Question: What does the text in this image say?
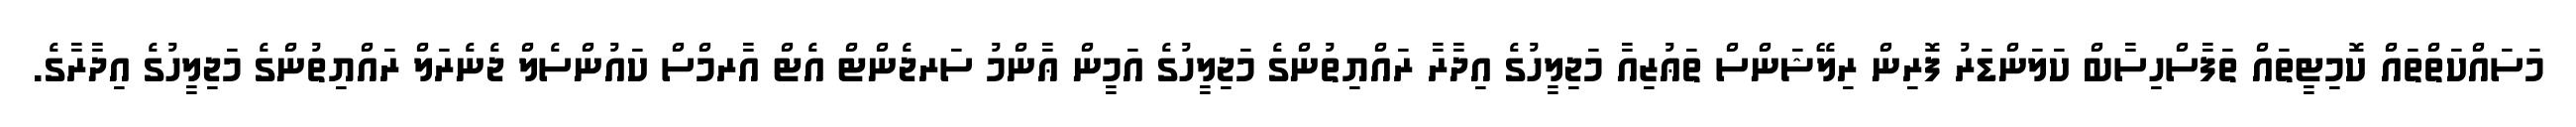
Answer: މަސައްކަތްތައް ކޮމިޓީތައް ތަފާސްހިސާބް ކަލަންޑަރު ފޮރިން ރިލޭޝަންސް ތަޢުޒިއާ މަޖިލީހުގެ އިދާރާ ރައްޔިތުންގެ މަޖިލީހުގެ އަމީން ޢާންމު ސަރޖެންޓް އެޓް އާރމްސް ކައުންސެލް ޖެނެރަލް ރައްޔިތުންގެ މަޖިލީހުގެ އިދާރާގެ.